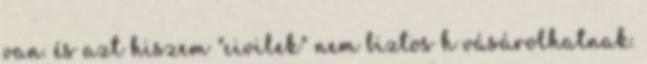
van. és azt hiszem "civilek" nem biztos h vásárolhatnak.